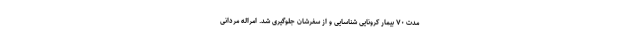
مدت ۷۰ بیمار کرونایی شناسایی و از سفرشان جلوگیری شد. امراله مردانی